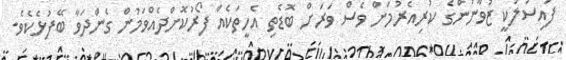
ފައިސަލަކީ ޒުވާނުންގެ ކުރިއެރުމަށް ވެސް ވަރަށް ބޮޑެތި އެހީތަކެއް ފޯރުކޮށްދެއްވަމުން ގެންދަވާ ބޭފުޅެކެވެ.